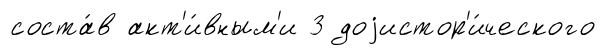
соста́в акт'и́вным'и 3 доjистор'и́ческого